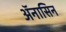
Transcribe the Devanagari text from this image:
ॲनासिन